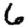
Digit: 6